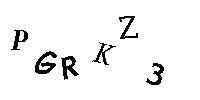
PGRKZ3